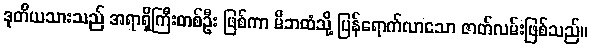
ဒုတိယသားသည် အရာရှိကြီးတစ်ဦး ဖြစ်ကာ မိဘထံသို့ ပြန်ရောက်လာသော ဇာတ်လမ်းဖြစ်သည်။